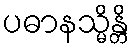
ပဓာနသ္မိန္တိ